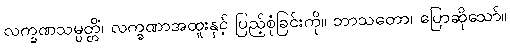
လက္ခဏသမ္ပတ္တိံ၊ လက္ခဏာအထူးနှင့် ပြည့်စုံခြင်းကို။ ဘာသတော၊ ပြောဆိုသော်။